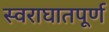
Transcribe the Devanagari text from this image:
स्वराघातपूर्ण